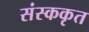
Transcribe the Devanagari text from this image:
संस्ककृत